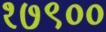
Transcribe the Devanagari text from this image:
१७९००